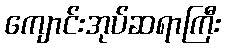
ကျောင်းအုပ်ဆရာကြီး